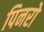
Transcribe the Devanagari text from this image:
पिनरो